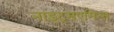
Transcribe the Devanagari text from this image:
नाइट्रसएमिन्स